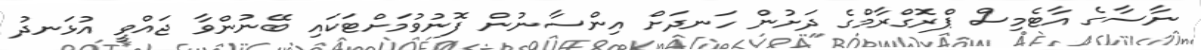
ނާސާގެ އާޓެމިސް ޕްރޮގްރާމްގެ ދަށުން ހަނދަށް އިންސާނުން ފޮނުވުމަށްޓަކައި ބޭނުންވާ ޖައްވީ އުޅަނދު